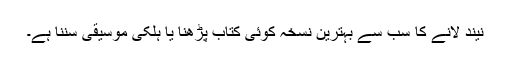
نیند لانے کا سب سے بہترین نسخہ کوئی کتاب پڑھنا یا ہلکی موسیقی سننا ہے۔